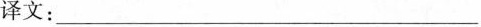
译文：___